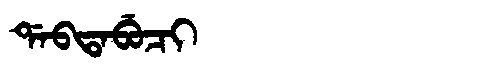
Manchu: ᡩᠠᠪᡨᠠᠪᡠᠴᡳ
Romanization: DABTABUCI